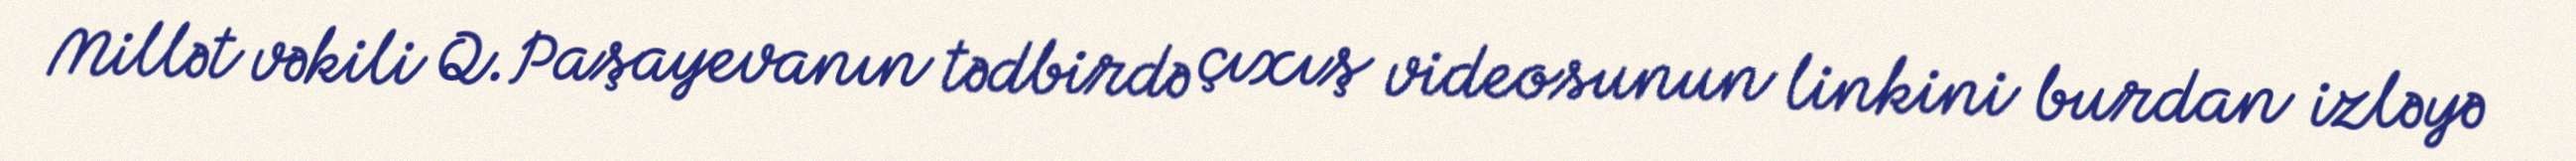
Millət vəkili Q.Paşayevanın tədbirdə çıxış videosunun linkini burdan izləyə